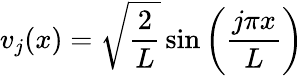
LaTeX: v_{j}(x)={\sqrt{\frac{2}{L}}}\sin\left({\frac{j\pi x}{L}}\right)